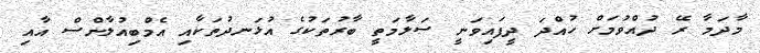
މާދަމާ ރޭ ދުއްވުމަށް ހުއްދަ ދީފައިވަނީ ސަލާމަތީ ބާރުތަކުގެ އުޅަނދުތަކާއި އެމްބިއުލާންސް އާއި